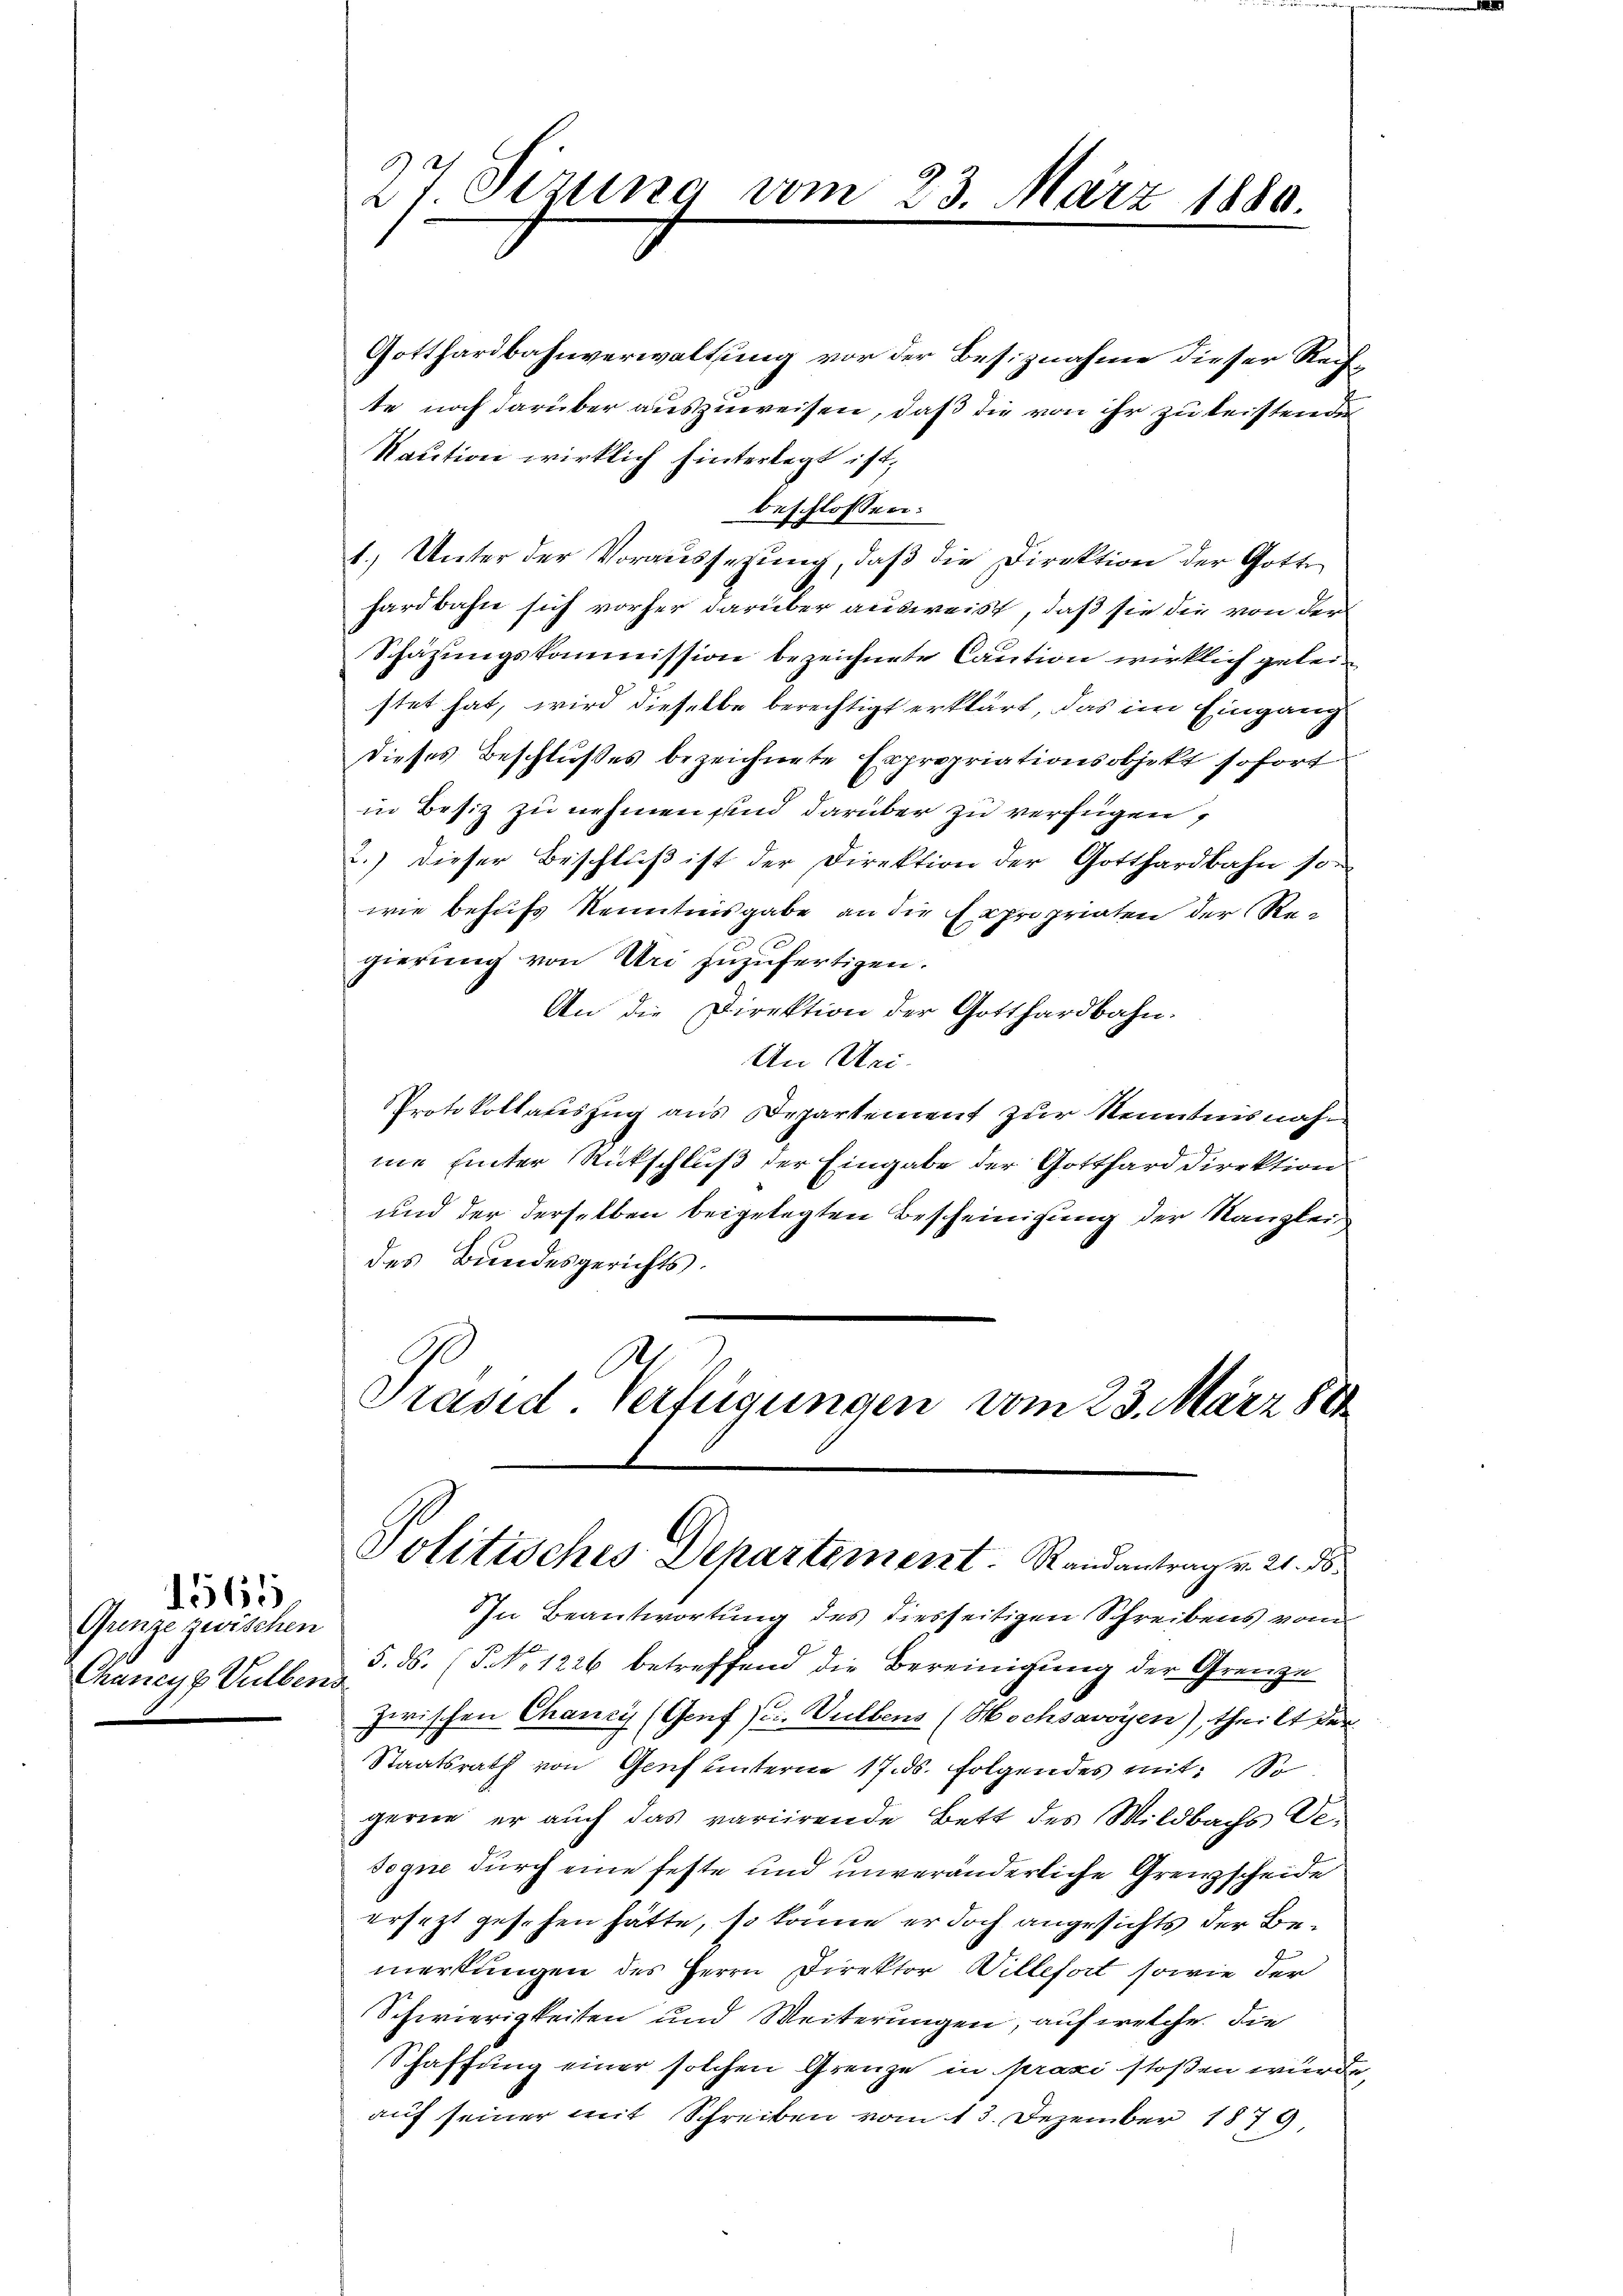
Ganze zwischen
Chancyz Vulbens

1565.

27 Sizung vom 23. März 1880

Gotthardbahnverwaltung vor der Besiznahme dieser Rechte noch darüber auszuweisen, daß die von ihr zu leisten der
Kaution wirklich hinterlegt ist,
beschlossen:
1.) Unter der Voraussetzung, daß die Direktion der Gotte
hardbahn sich vorher darüber ausweist, daß sie die von der
Schazungskommission bezeichnete Caution wirklich geleistet hat, wird dieselbe berechtigt erklärt, das im Eingang
Dieses Beschlußes bezeichnete Expropriationsobjekt sofort
in Besiz zu nehmen sind darüber zu verfügen,
2.) Dieser Beschluß ist der Direktion der Gotthardbahn so
wie behufs Kenntnisgabe an die Expropriaten der Regierung von Uri zuzufertigen.
An die Direktion der Gotthardbahn.
An Mei¬
Protokollauszug aus Departement zur Kenntnisnahme Einter Rückschluß der Eingabe der Gotthard Direktion
und der derselben beigelegten Bescheinigung der Kanzlei-
des Bundesgerichts.
h
Präsid. Verfügungen vom 23. März 1881
Politisches Departement. Randantrag v. 21. ds.
IIn Beantwortung des diesseitigen Schreibens vom
5. ds. (T NNo. 1226 betreffend die Bereinigung der Grenze
zwischen Chancy (Genf sei. Vulbens (Hochsavoyen), theilt der
Staatsrath von Genf unterno 17. ds. folgendes mit: So
gerne er auch das variirende Bett des Wildbachs Vedogne durch eine feste und unveränderliche Grenzscheide
ersezt gesehen hätte, so könne er doch angesichts der Bemerkungen des Herrn Direktor Willefort sowie der
Schwierigkeiten und Weiterungen, auf welche die
Schaffung einer solchen Grenze in praxi stoßen würde,
auf seiner mit Schreiben vom 13. Dezember 1879,